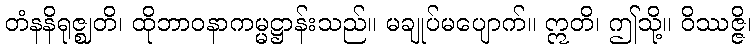
တံနနိရုဇ္ဈတိ၊ ထိုဘာဝနာကမ္မဋ္ဌာန်းသည်။ မချုပ်မပျောက်။ ဣတိ၊ ဤသို့။ ဝိဿဇ္ဇိ၊